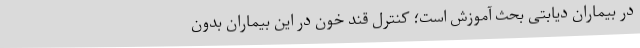
در بیماران دیابتی بحث آموزش است؛ کنترل قند خون در این بیماران بدون